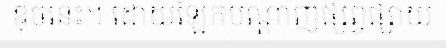
ឌុចនេះ។ ដោយឡែកបណ្តាញផ្សព្វផ្សាយ